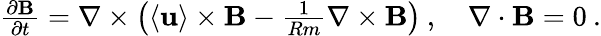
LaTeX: \begin{array}{r}{\frac{\partial{\mathbf{B}}}{\partial t}={\mathbf{\nabla}}\times\left(\langle{\mathbf{u}}\rangle\times{\mathbf{B}}-\frac{1}{Rm}\nabla\times{\mathbf{B}}\right)\: ,\quad{\mathbf{\nabla}}\cdot{\mathbf{B}}=0\: .}\end{array}